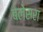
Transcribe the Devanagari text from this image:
बलेसरा